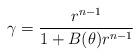
LaTeX: \begin{align*}\displaystyle{\gamma =\frac{r^{n-1}}{1+B(\theta)r^{n-1}}}\end{align*}